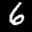
Label: 6